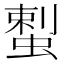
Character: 𱿴